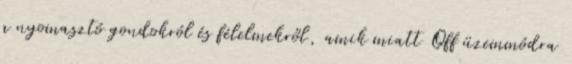
a nyomasztó gondokról és félelmekről, amik miatt Off üzemmódra